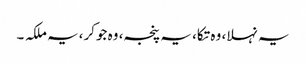
یہ نہلا، وہ تکا، یہ پنجہ، وہ جوکر، یہ ملکہ ۔